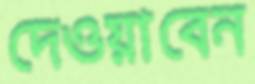
দেওয়াবেন